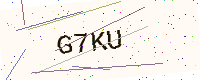
Text: G7KU